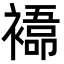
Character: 𮖰